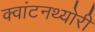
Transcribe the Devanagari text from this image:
क्‍वांटनथ्‍योरी